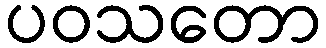
ပဝသတော